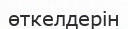
өткелдерін